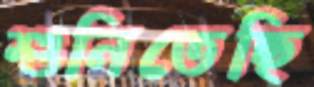
শুনিতেছি